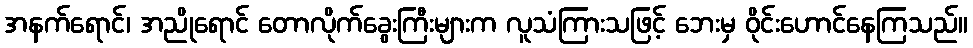
အနက်ရောင်၊ အညိုရောင် တောလိုက်ခွေးကြီးများက လူသံကြားသဖြင့် ဘေးမှ ဝိုင်းဟောင်နေကြသည်။